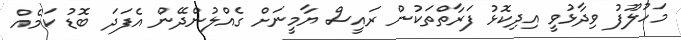
މަހުލޫފު ވިދާޅުވީ އިދިކޮޅު ފަރާތްތަކުން ރައީސް ޔާމީނަށް ގެއްލުންދޭން އެފަދަ ބޮޑު ކަމެއް